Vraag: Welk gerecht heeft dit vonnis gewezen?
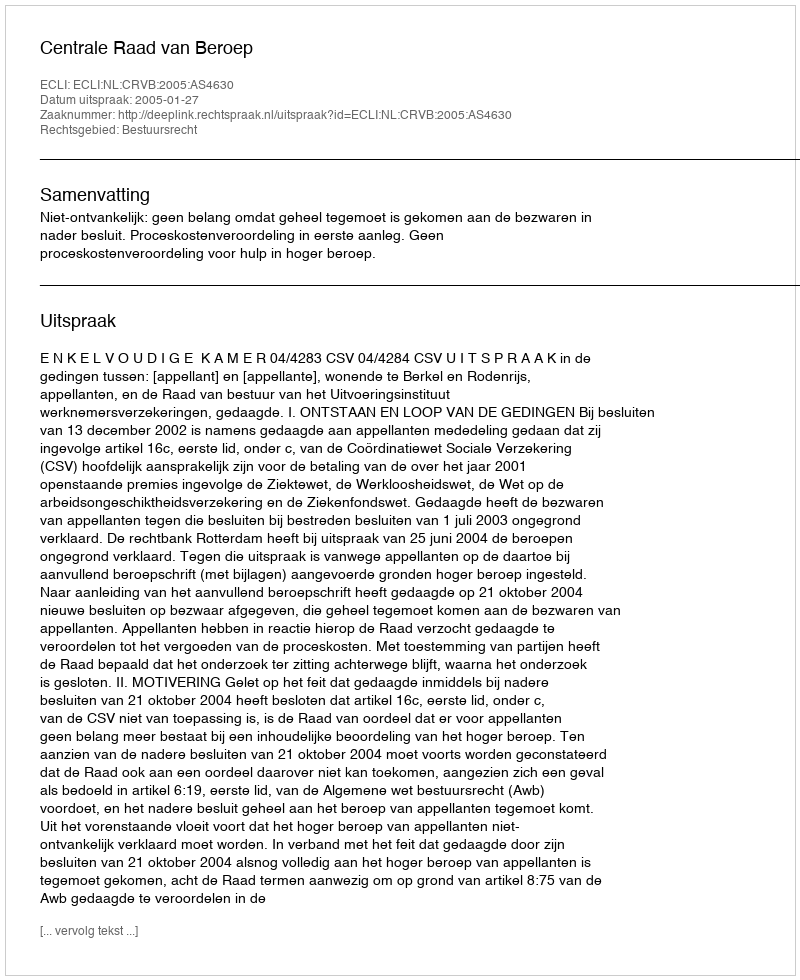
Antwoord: Centrale Raad van Beroep